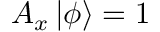
A _ { x } \mathinner { | { \phi } \rangle } = 1